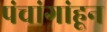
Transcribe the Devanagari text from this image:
पंचांगांहून